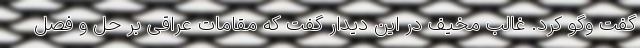
گفت وگو کرد. غالب مخیف در این دیدار گفت که مقامات عراقی بر حل و فصل